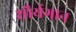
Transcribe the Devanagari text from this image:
शौर्यगान